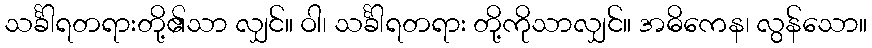
သင်္ခါရတရားတို့၏သာ လျှင်။ ဝါ၊ သင်္ခါရတရား တို့ကိုသာလျှင်။ အဓိကေန၊ လွန်သော။